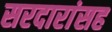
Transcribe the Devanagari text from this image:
सरदारांसह